Plague in India, 1896, 1897 - Volume 1
Year: 1896
Disease focus: Plague
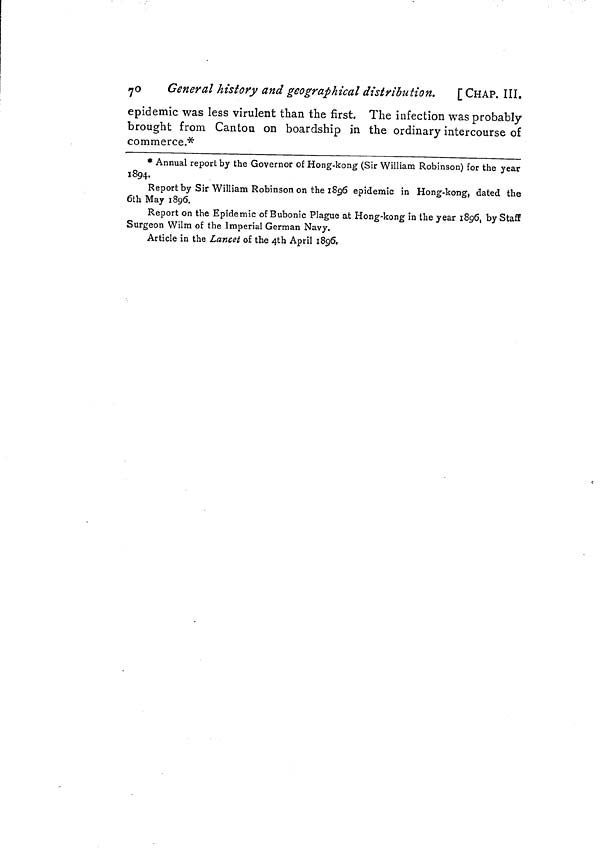
7°G eneral history and geographical distribution.
[CHAP. III.
epidemic was less virulent than the first. The infection was probably
brought from Canton on boardship in the ordinary intercourse of
commerce.*
Annual report by the Governor of Hong-kong (Sir William Robinson) for the year
1894.
Report by Sir William Robinson on the 1896 epidemic in Hong-kong, dated the
6th May 1896.
Report on the Epidemic of Bubonic Plague at Hong-kong in the year 1896, by Staff
Surgeon Wilm of the Imperial German Navy.
Article in the Lancet of the 4th April 1896.